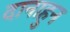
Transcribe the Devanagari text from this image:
दानाहुन